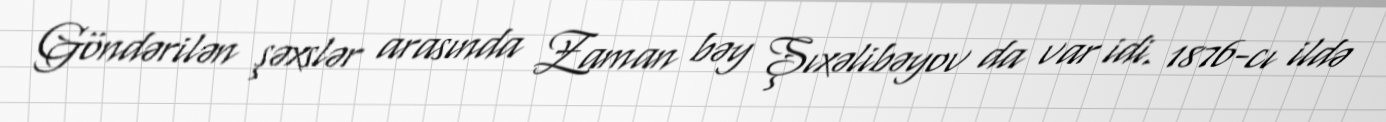
Göndərilən şəxslər arasında Zaman bəy Şıxəlibəyov da var idi. 1876-cı ildə